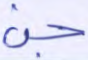
جن